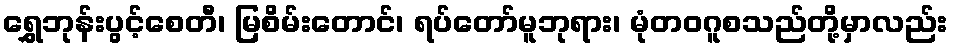
ရွှေဘုန်းပွင့်စေတီ၊ မြစိမ်းတောင်၊ ရပ်တော်မူဘုရား၊ မုံတဝဂူစသည်တို့မှာလည်း